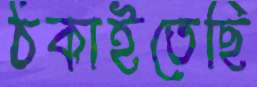
ঠকাইতেছি